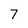
Character: 7